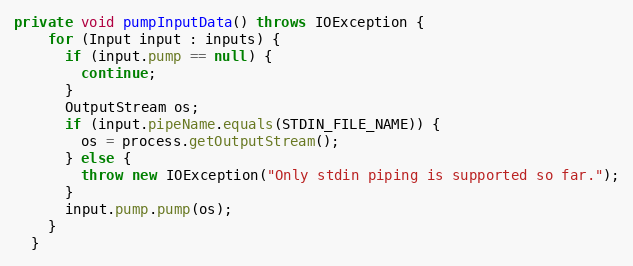
Language: Java
private void pumpInputData() throws IOException {
    for (Input input : inputs) {
      if (input.pump == null) {
        continue;
      }
      OutputStream os;
      if (input.pipeName.equals(STDIN_FILE_NAME)) {
        os = process.getOutputStream();
      } else {
        throw new IOException("Only stdin piping is supported so far.");
      }
      input.pump.pump(os);
    }
  }